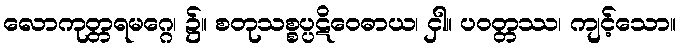
လောကုတ္တရမဂ္ဂေ၊ ၌။ စတုသစ္စပ္ပဋိဝေဓာယ၊ ငှါ။ ပဝတ္တဿ၊ ကျင့်သော။